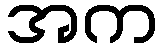
အက